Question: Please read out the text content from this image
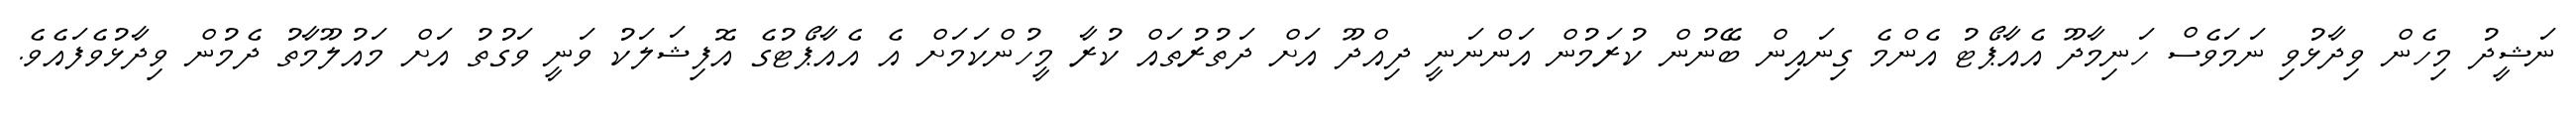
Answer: ނަޝީދު މިހެން ވިދާޅުވި ނަމަވެސް ހަނިމާދޫ އެއާޕޯޓު އެންމެ ގިނައިން ބޭނުން ކުރަމުން އަންނަނީ ދިއްދޫ އަށް ދަތުރުތައް ކުރާ މީހުންކަމަށް އެ އެއާޕޯޓުގެ އޮފިޝަލަކު ވަނީ ވަގުތު އަށް މައުލޫމާތު ދެމުން ވިދާޅުވެފައެވެ.